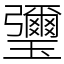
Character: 瓕